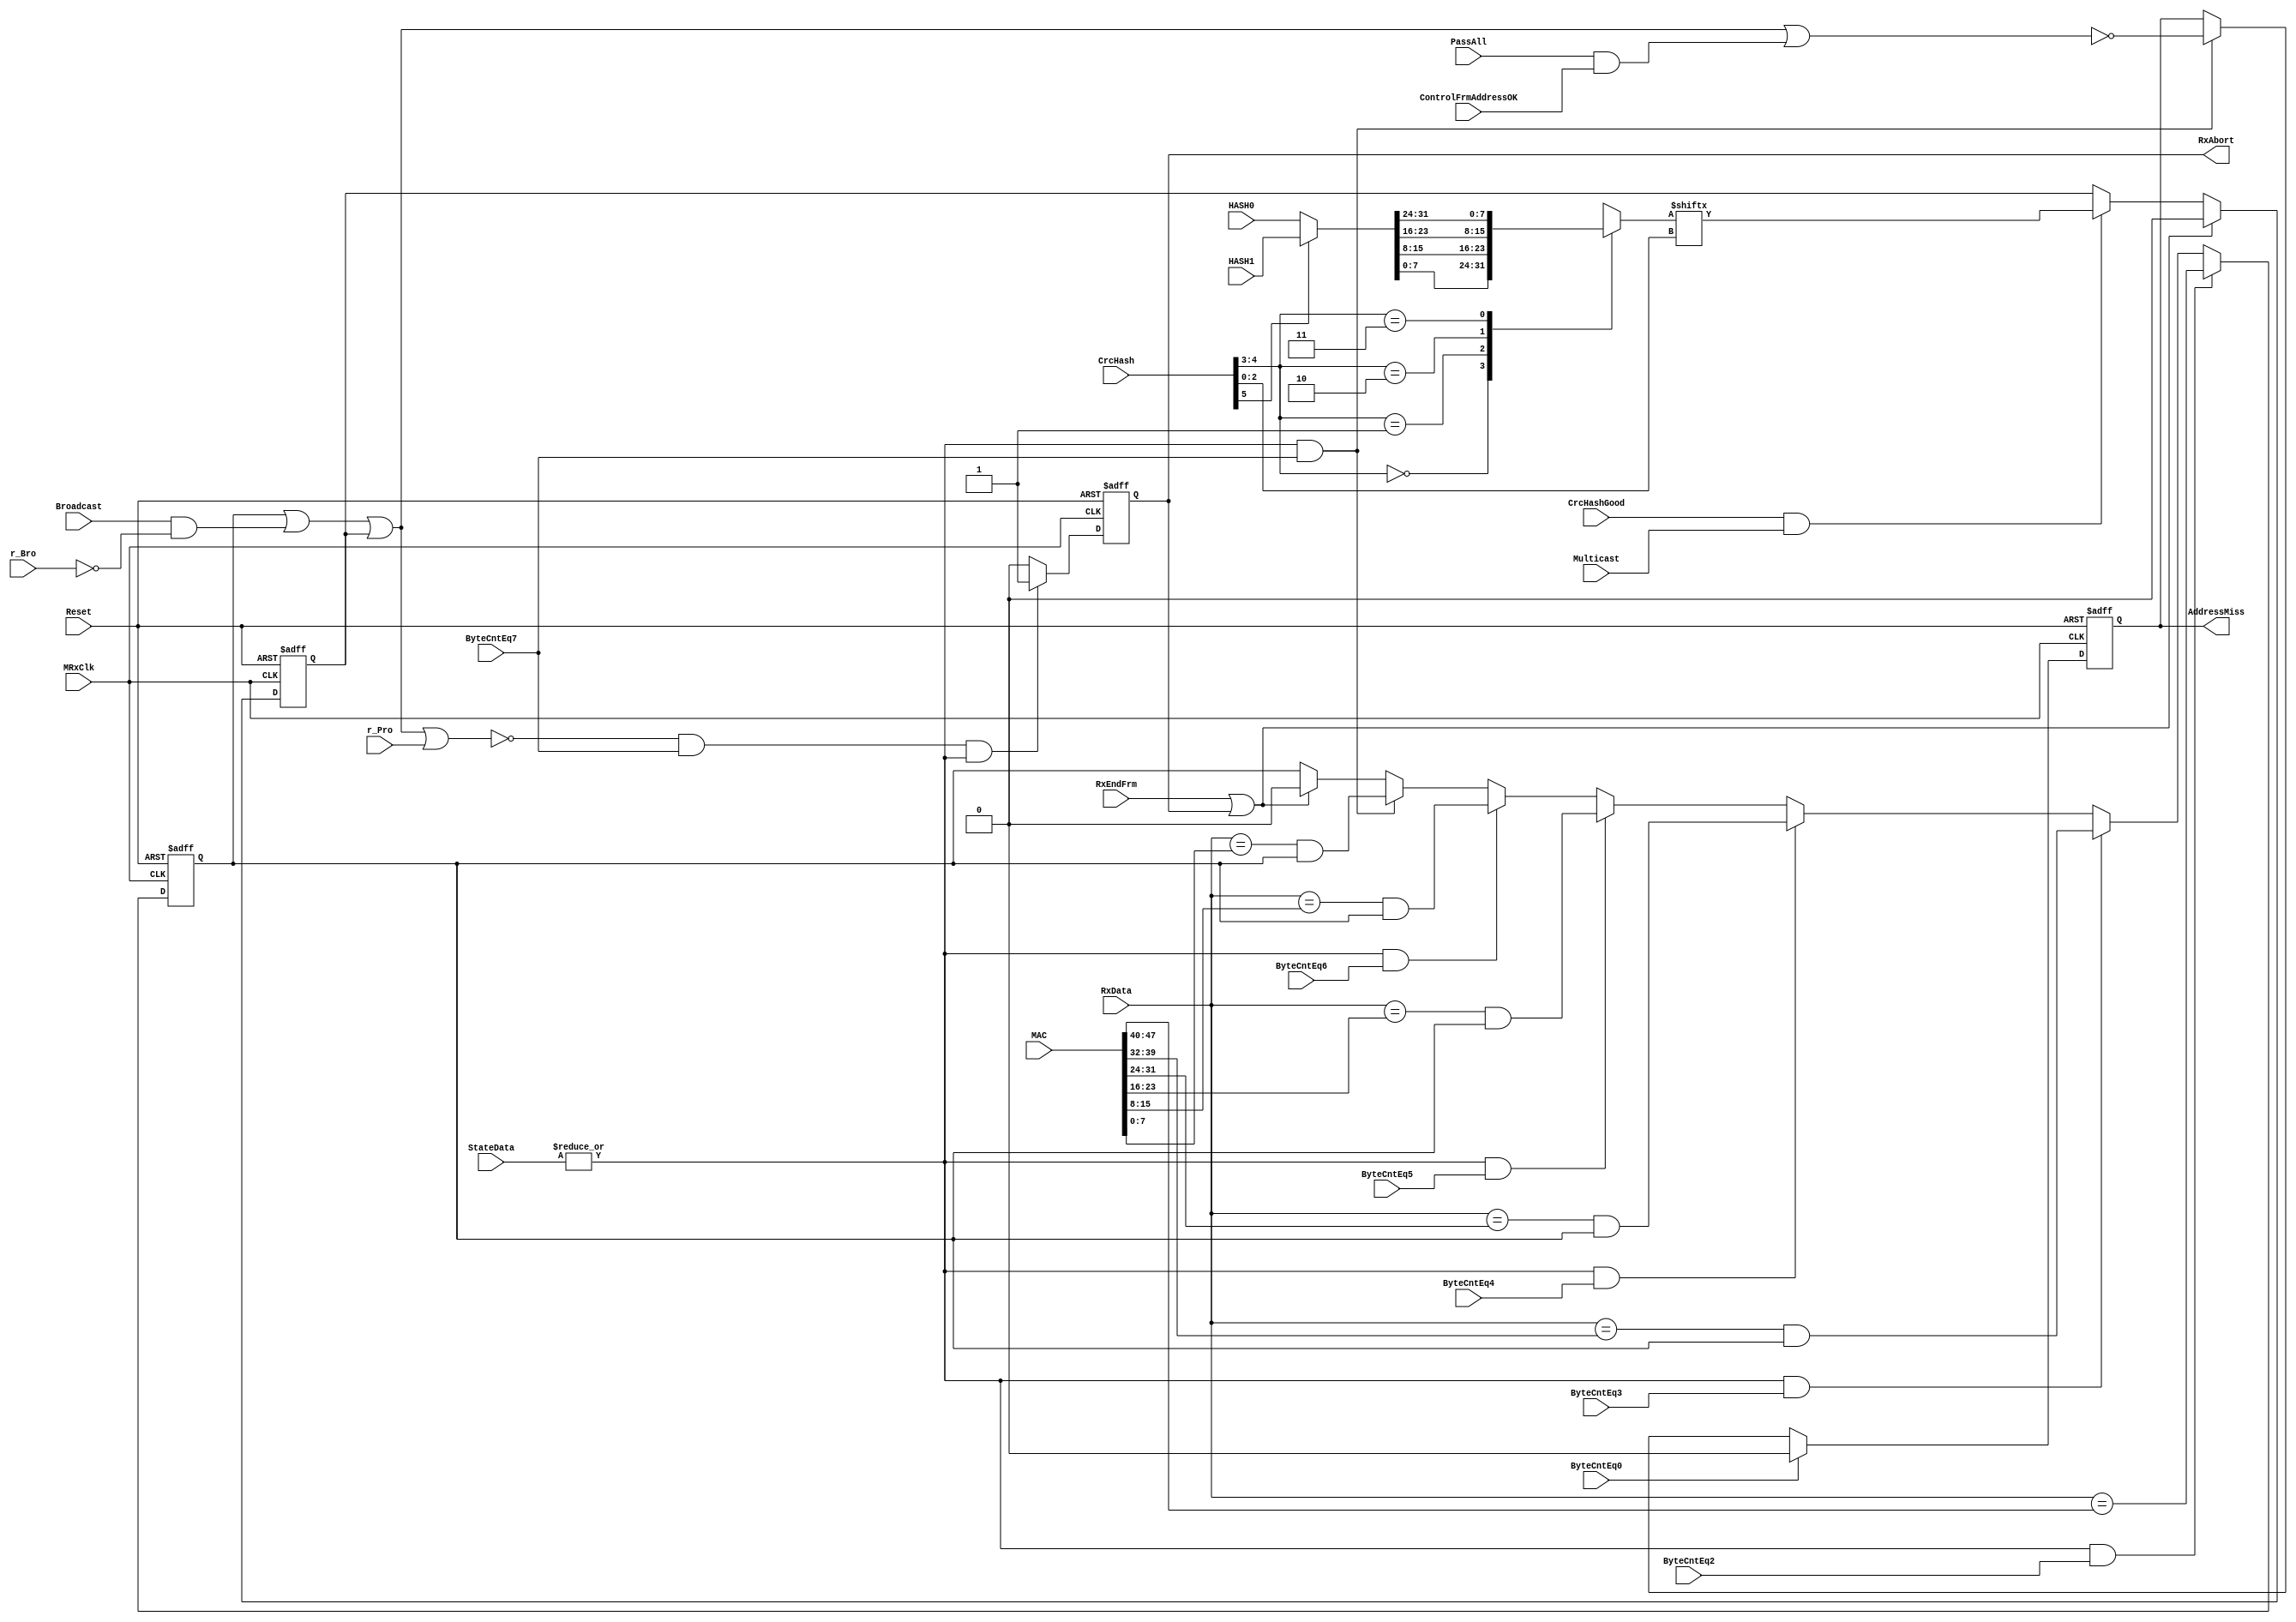
module eth_rxaddrcheck(MRxClk,  Reset, RxData, Broadcast ,r_Bro ,r_Pro,
                       ByteCntEq2, ByteCntEq3, ByteCntEq4, ByteCntEq5,
                       ByteCntEq6, ByteCntEq7, HASH0, HASH1, ByteCntEq0,
                       CrcHash,    CrcHashGood, StateData, RxEndFrm,
                       Multicast, MAC, RxAbort, AddressMiss, PassAll,
                       ControlFrmAddressOK
                      );


  input        MRxClk; 
  input        Reset; 
  input [7:0]  RxData; 
  input        Broadcast; 
  input        r_Bro; 
  input        r_Pro; 
  input        ByteCntEq0;
  input        ByteCntEq2;
  input        ByteCntEq3;
  input        ByteCntEq4;
  input        ByteCntEq5;
  input        ByteCntEq6;
  input        ByteCntEq7;
  input [31:0] HASH0; 
  input [31:0] HASH1; 
  input [5:0]  CrcHash; 
  input        CrcHashGood; 
  input        Multicast; 
  input [47:0] MAC;
  input [1:0]  StateData;
  input        RxEndFrm;
  input        PassAll;
  input        ControlFrmAddressOK;
  
  output       RxAbort;
  output       AddressMiss;

 wire BroadcastOK;
 wire ByteCntEq2;
 wire ByteCntEq3;
 wire ByteCntEq4; 
 wire ByteCntEq5;
 wire RxAddressInvalid;
 wire RxCheckEn;
 wire HashBit;
 wire [31:0] IntHash;
 reg [7:0]  ByteHash;
 reg MulticastOK;
 reg UnicastOK;
 reg RxAbort;
 reg AddressMiss;
 
assign RxAddressInvalid = ~(UnicastOK | BroadcastOK | MulticastOK | r_Pro);
 
assign BroadcastOK = Broadcast & ~r_Bro;
 
assign RxCheckEn   = | StateData;
 
 // Address Error Reported at end of address cycle
 // RxAbort clears after one cycle
 
always @ (posedge MRxClk or posedge Reset)
begin
  if(Reset)
    RxAbort <=  1'b0;
  else if(RxAddressInvalid & ByteCntEq7 & RxCheckEn)
    RxAbort <=  1'b1;
  else
    RxAbort <=  1'b0;
end
 

// This ff holds the "Address Miss" information that is written to the RX BD status.
always @ (posedge MRxClk or posedge Reset)
begin
  if(Reset)
    AddressMiss <=  1'b0;
  else if(ByteCntEq0)
    AddressMiss <=  1'b0;
  else if(ByteCntEq7 & RxCheckEn)
    AddressMiss <=  (~(UnicastOK | BroadcastOK | MulticastOK | (PassAll & ControlFrmAddressOK)));
end


// Hash Address Check, Multicast
always @ (posedge MRxClk or posedge Reset)
begin
  if(Reset)
    MulticastOK <=  1'b0;
  else if(RxEndFrm | RxAbort)
    MulticastOK <=  1'b0;
  else if(CrcHashGood & Multicast)
    MulticastOK <=  HashBit;
end
 
 
// Address Detection (unicast)
// start with ByteCntEq2 due to delay of addres from RxData
always @ (posedge MRxClk or posedge Reset)
begin
  if(Reset)
    UnicastOK <=  1'b0;
  else
  if(RxCheckEn & ByteCntEq2)
    UnicastOK <=    RxData[7:0] == MAC[47:40];
  else
  if(RxCheckEn & ByteCntEq3)
    UnicastOK <=  ( RxData[7:0] == MAC[39:32]) & UnicastOK;
  else
  if(RxCheckEn & ByteCntEq4)
    UnicastOK <=  ( RxData[7:0] == MAC[31:24]) & UnicastOK;
  else
  if(RxCheckEn & ByteCntEq5)
    UnicastOK <=  ( RxData[7:0] == MAC[23:16]) & UnicastOK;
  else
  if(RxCheckEn & ByteCntEq6)
    UnicastOK <=  ( RxData[7:0] == MAC[15:8])  & UnicastOK;
  else
  if(RxCheckEn & ByteCntEq7)
    UnicastOK <=  ( RxData[7:0] == MAC[7:0])   & UnicastOK;
  else
  if(RxEndFrm | RxAbort)
    UnicastOK <=  1'b0;
end
   
assign IntHash = (CrcHash[5])? HASH1 : HASH0;
  
always@(CrcHash or IntHash)
begin
  case(CrcHash[4:3])
    2'b00: ByteHash = IntHash[7:0];
    2'b01: ByteHash = IntHash[15:8];
    2'b10: ByteHash = IntHash[23:16];
    2'b11: ByteHash = IntHash[31:24];
  endcase
end
      
assign HashBit = ByteHash[CrcHash[2:0]];


endmodule